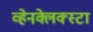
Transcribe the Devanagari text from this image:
व्हेनक्लेक्स्टा